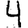
Digit: 4